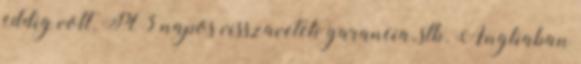
eddig volt. Pl 3 napos visszaveteli garancia, stb. Angliaban